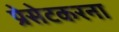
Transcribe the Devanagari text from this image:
प्रेसेटकरना